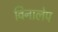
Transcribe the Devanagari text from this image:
विनालेप